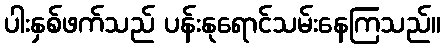
ပါးနှစ်ဖက်သည် ပန်းနုရောင်သမ်းနေကြသည်။